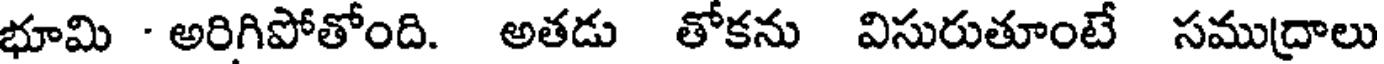
భూమి - అరిగిపోతోంది. అతడు తోకను విసురుతూంటే సముద్రాలు